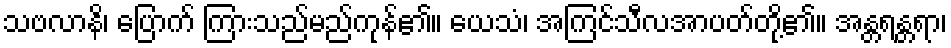
သဗလာနိ၊ ပြောက် ကြားသည်မည်ကုန်၏။ ယေသံ၊ အကြင်သီလအာပတ်တို့၏။ အန္တရန္တရာ၊